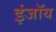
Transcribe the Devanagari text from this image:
इंजॉय